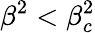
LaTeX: \beta^{2}<\beta_{c}^{2}